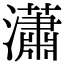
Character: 瀟